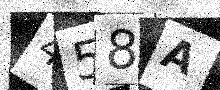
Text: 458A